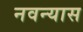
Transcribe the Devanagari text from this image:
नवन्यास